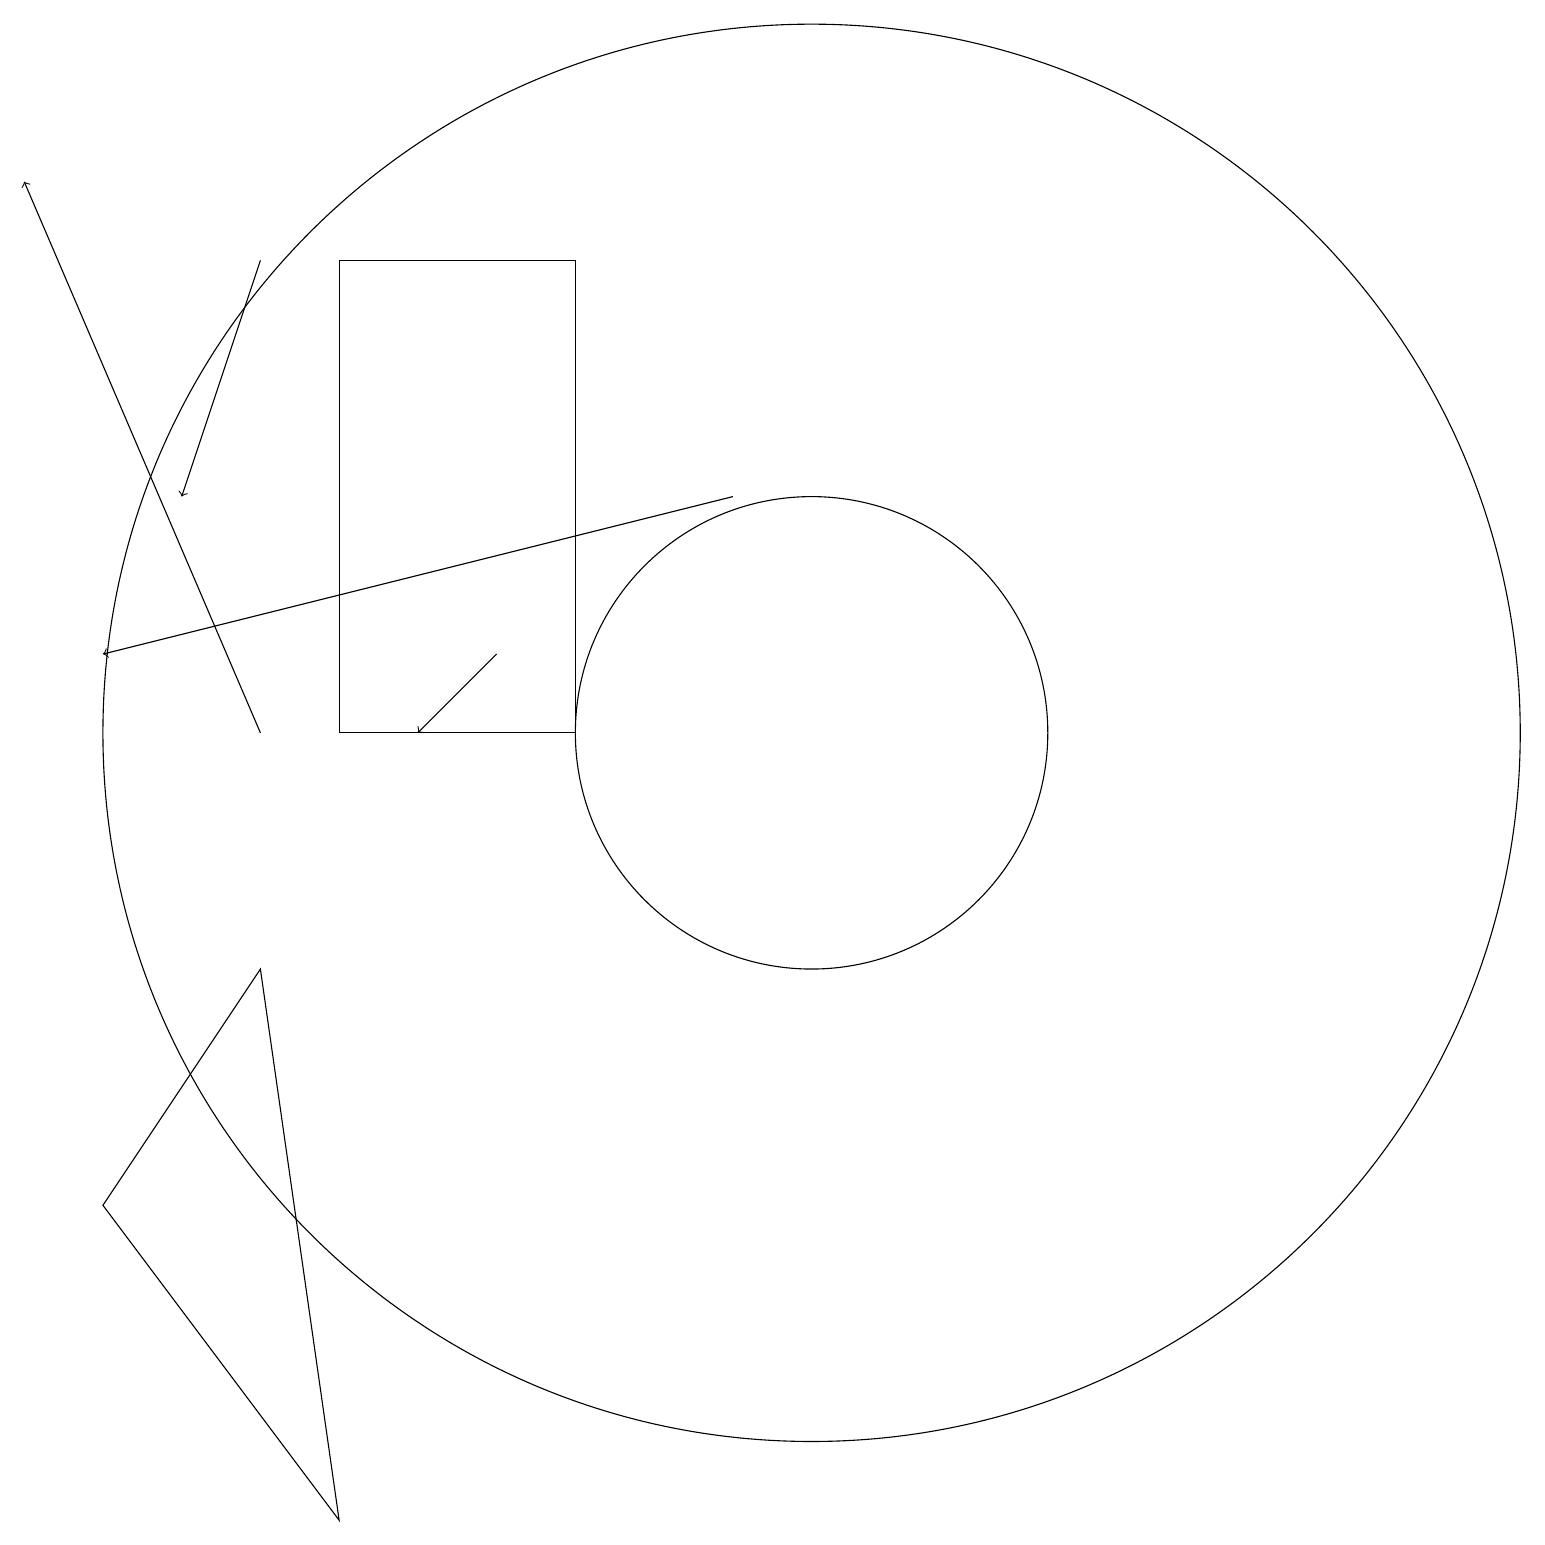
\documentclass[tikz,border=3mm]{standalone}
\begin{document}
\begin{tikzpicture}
\draw[->] (3,10) -- (0,17);
\draw (3,7) -- (1,4) -- (4,0) -- cycle;
\draw (10,10) circle (9);
\draw[->] (6,11) -- (5,10);
\draw[->] (3,16) -- (2,13);
\draw (10,10) circle (3);
\draw[->] (9,13) -- (1,11);
\draw (4,10) rectangle (7,16);
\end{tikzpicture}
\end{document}